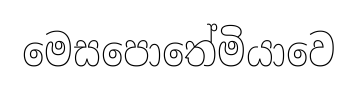
මෙසපොතේමියාවෙ